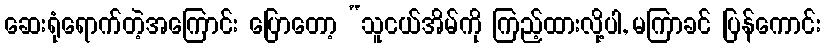
ဆေးရုံရောက်တဲ့အကြောင်း ပြောတော့ “သူငယ်အိမ်ကို ကြည့်ထားလို့ပါ, မကြာခင် ပြန်ကောင်း